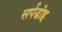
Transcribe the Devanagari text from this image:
सर्पडोह